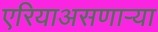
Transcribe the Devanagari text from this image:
एरियाअसणार्‍या